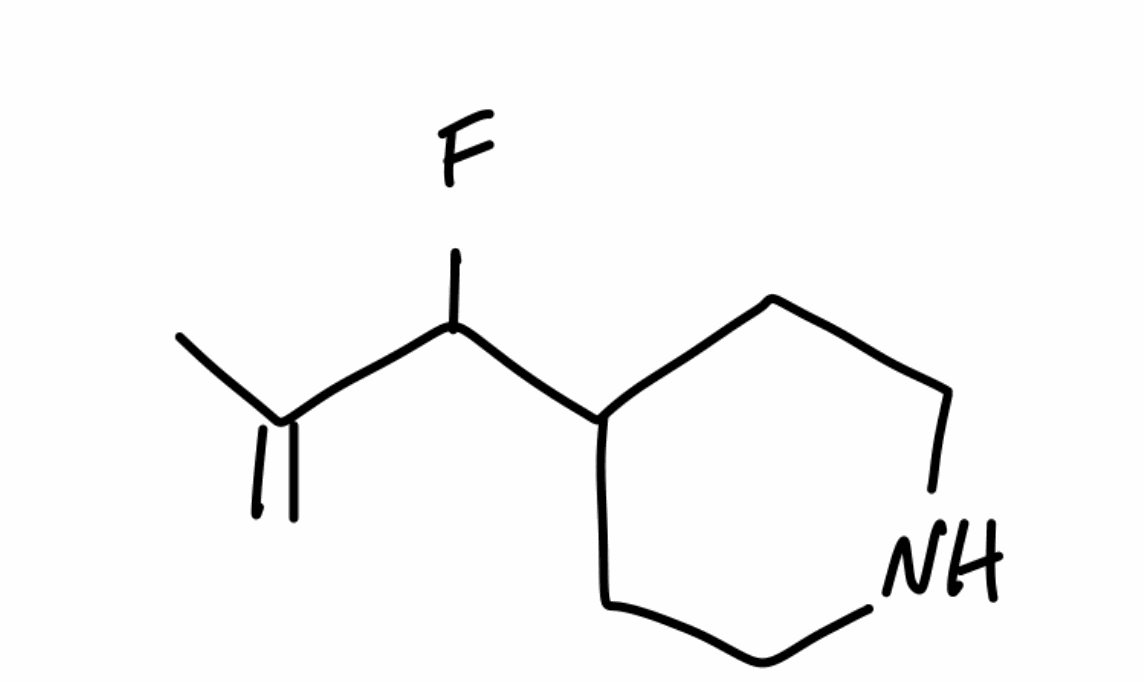
Simplified molecular-input line-entry system (SMILES) notation of the given molecule:
CC(=C)C(C1CCNCC1)F